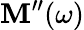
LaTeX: \mathbf{M}^{\prime\prime}(\omega)